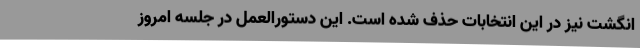
انگشت نیز در این انتخابات حذف شده است. این دستورالعمل در جلسه امروز